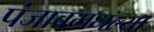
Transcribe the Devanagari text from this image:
पंजाबमधल्या